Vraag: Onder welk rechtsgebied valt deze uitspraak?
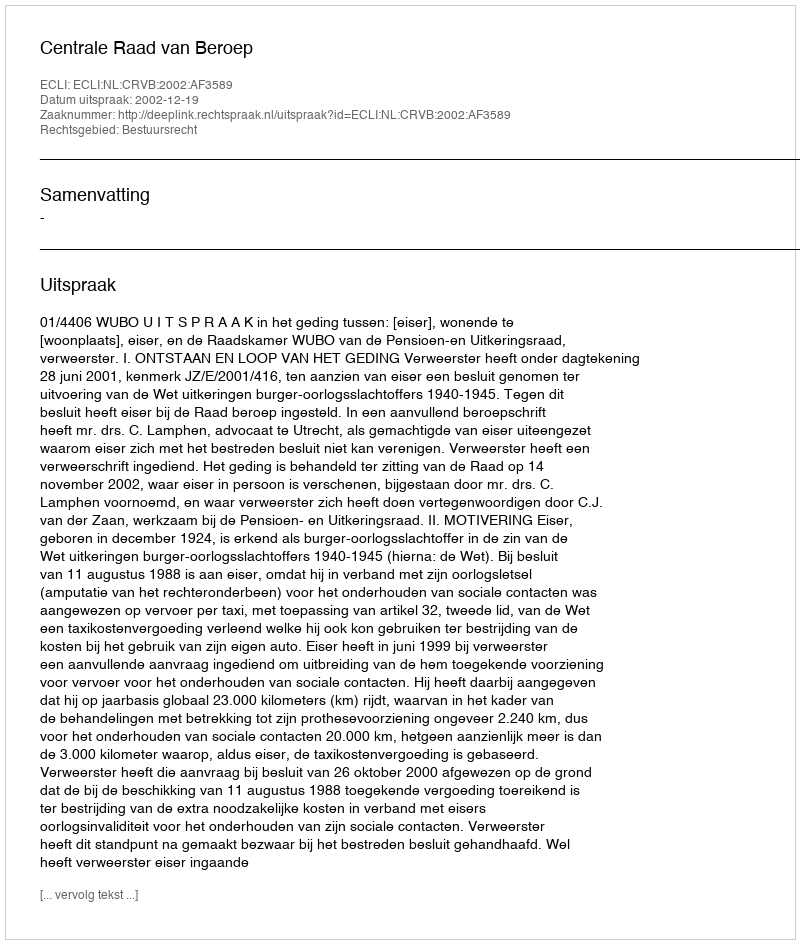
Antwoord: Bestuursrecht